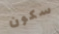
سكون